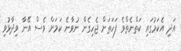
އަދި އެކަމުގައި ކަތްނެތްވެ ފަހަތަށް ޖެހިގެން ނުވާނެ ކަމަށް ވެސް އޭނާ ވިދާޅުވި